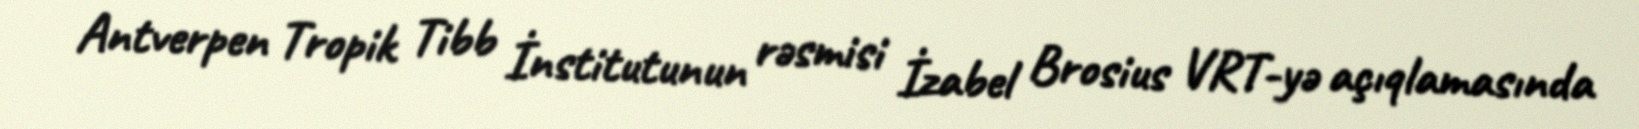
Antverpen Tropik Tibb İnstitutunun rəsmisi İzabel Brosius VRT-yə açıqlamasında